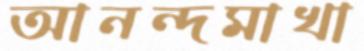
আনন্দমাখা